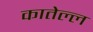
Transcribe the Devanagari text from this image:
कातेल्ल